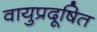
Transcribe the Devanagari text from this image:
वायुप्रदूषित